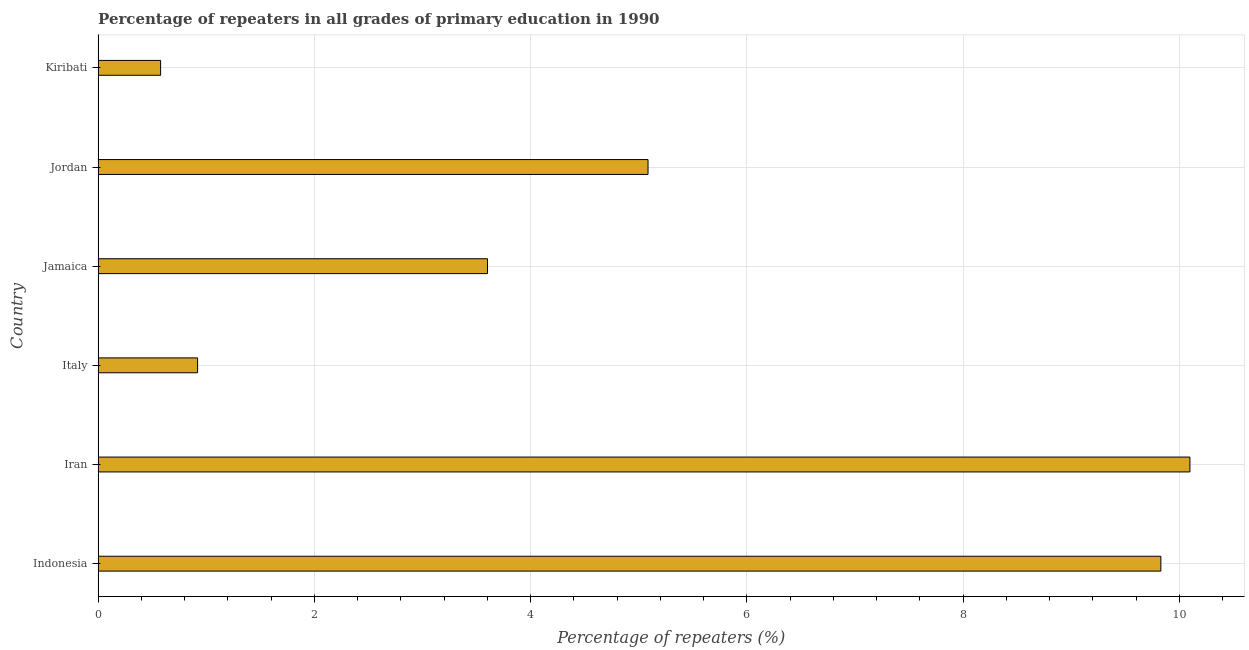
| Country | Repeaters in primary education |
 | --- | --- |
 | Indonesia | 9.83 |
 | Iran | 10.1 |
 | Italy | 0.92 |
 | Jamaica | 3.6 |
 | Jordan | 5.09 |
 | Kiribati | 0.578 |